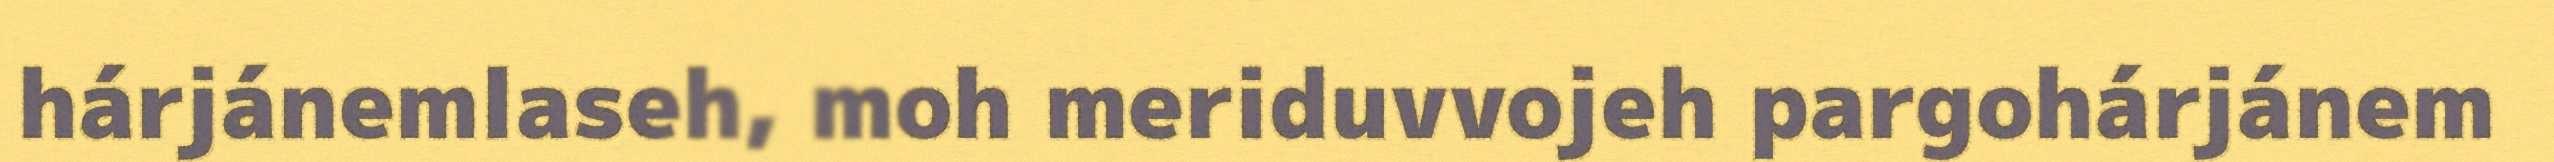
hárjánemlaseh, moh meriduvvojeh pargohárjánem